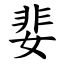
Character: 婓